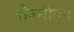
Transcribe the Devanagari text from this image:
नोकरीतुन